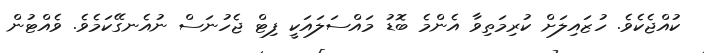
ކުއްޖެކެވެ. ހުޒައިލަށް ކުރިމަތިވާ އެންމެ ބޮޑު މައްސަލައަކީ ފިޓް ޖެހުނަސް ނުއެނގޭކަމެވެ. ވެއްޓުން